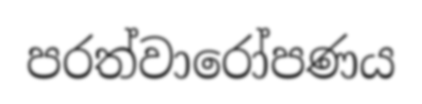
පරත්වාරෝපණය